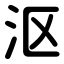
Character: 沤